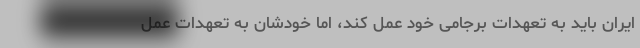
ایران باید به تعهدات برجامی خود عمل کند، اما خودشان به تعهدات عمل